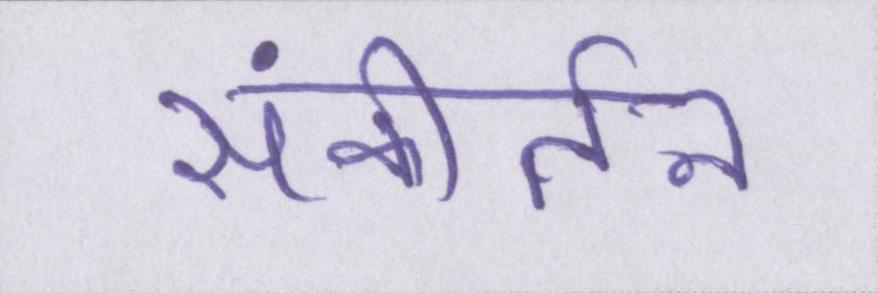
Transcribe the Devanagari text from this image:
संकीर्तन